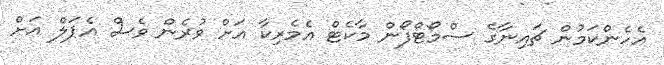
އެހެންކަމުން ޗައިނާގެ ސްމޯޓްފޯން މާކެޓް އެމެރިކާ އަށް ވުރެން ވެސް އެޕަލް އަށް